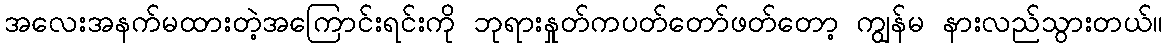
အလေးအနက်မထားတဲ့အကြောင်းရင်းကို ဘုရားနှုတ်ကပတ်တော်ဖတ်တော့ ကျွန်မ နားလည်သွားတယ်။